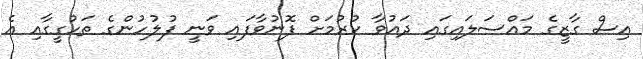
އިސް ގާޒީގެ މައްސަލައިގައި ދައުވާ ކުރުމަށް ފޮނުވާފައި ވަނީ ފުލުހުންގެ ތަހުގީގާއި އެ